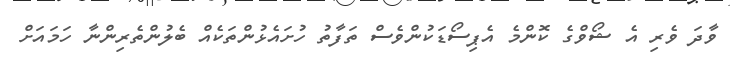
ވާދަ ވެރި އެ ޝޯވްގެ ކޮންމެ އެޕިސޯޑަކުންވެސް ތަފާތު ހުށައެޅުންތަކެއް ބެލުންތެރިންނާ ހަމައަށް